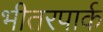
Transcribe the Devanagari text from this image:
भीतरपार्क